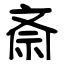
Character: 斎